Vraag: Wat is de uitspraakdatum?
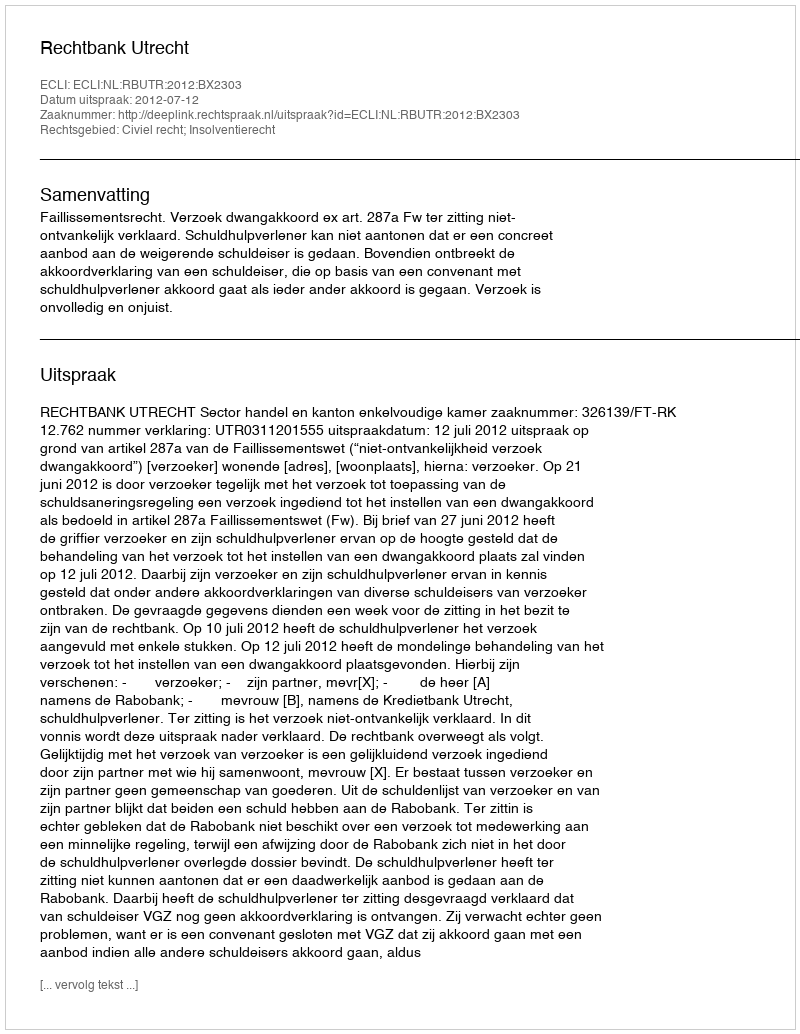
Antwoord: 2012-07-12